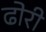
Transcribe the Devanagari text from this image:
ढोरी